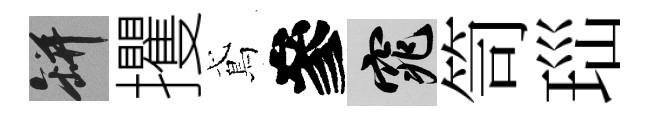
瓶攫鳶參窕笥𤤼